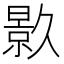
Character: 𭧟